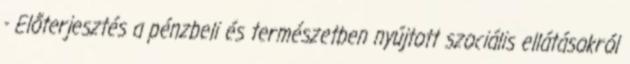
- Előterjesztés a pénzbeli és természetben nyújtott szociális ellátásokról